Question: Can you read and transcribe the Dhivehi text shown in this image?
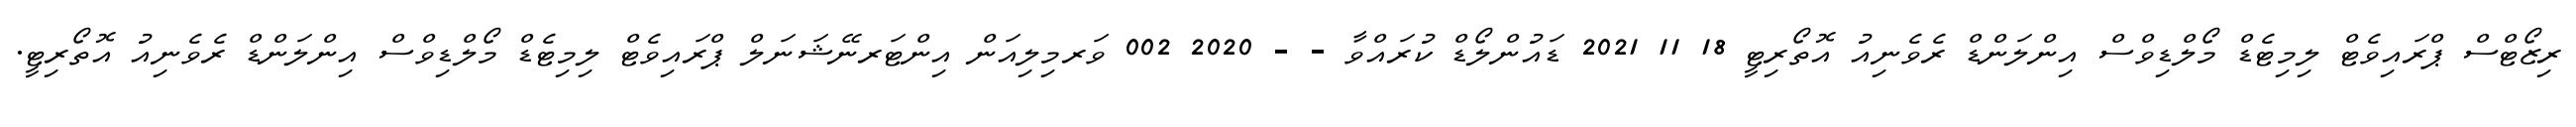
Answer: ރިޒޯޓްސް ޕްރައިވެޓް ލިމިޓެޑް މޯލްޑިވްސް އިންލަންޑް ރެވެނިއު އޮތޯރިޓީ 18 11 2021 ޑައުންލޯޑް ކުރައްވާ - - 2020 002 ވަރމިލިއަން އިންޓަރނޭޝަނަލް ޕްރައިވެޓް ލިމިޓެޑް މޯލްޑިވްސް އިންލަންޑް ރެވެނިއު އޮތޯރިޓީ.